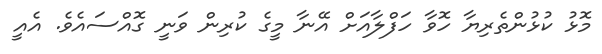
މޮޅު ކުޅުންތެރިޔާ ހޮވާ ހަފްލާއަށް އޭނާ މީގެ ކުރިން ވަނީ ގޮއްސައެވެ. އެއީ